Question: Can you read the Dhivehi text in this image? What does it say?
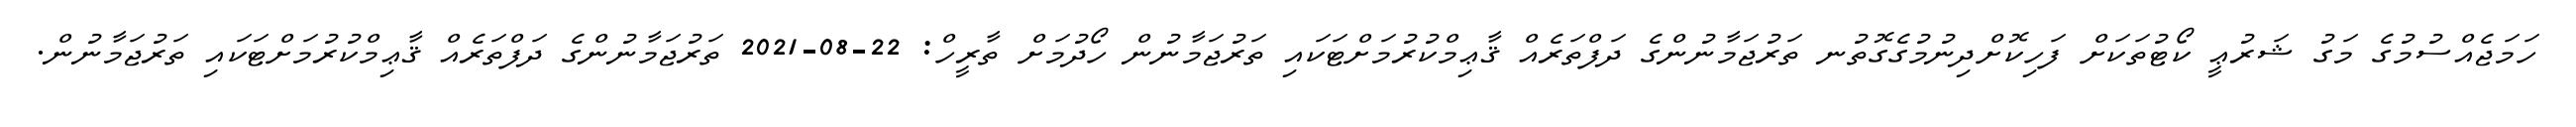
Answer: ހަމަޖެއްސުމުގެ މަގު ޝަރުޢީ ކޯޓުތަކަށް ފަހިކޮށްދިނުމުގެގޮތުނ ތަރުޖަމާނުންގެ ދަފްތަރެއް ޤާޢިމްކުރުމަށްޓަކައި ތަރުޖަމާނުން ހޯދުމަށް ތާރީހް: 22-08-2021 ތަރުޖަމާނުންގެ ދަފްތަރެއް ޤާޢިމްކުރުމަށްޓަކައި ތަރުޖަމާނުން.